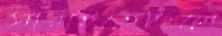
সারাইতেছিলে